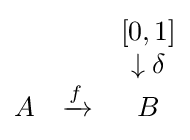
{\begin{matrix}&&[0,1]\\&&\downarrow {\delta }\\A&\xrightarrow {f} &B\end{matrix}}